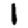
Digit: 1